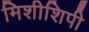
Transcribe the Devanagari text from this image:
मिशीशिपी